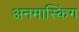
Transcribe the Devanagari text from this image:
अनमास्किंग